Lunatic asylums in Bengal annual reports 1888-1898 - 1888-1898
Year: 1888
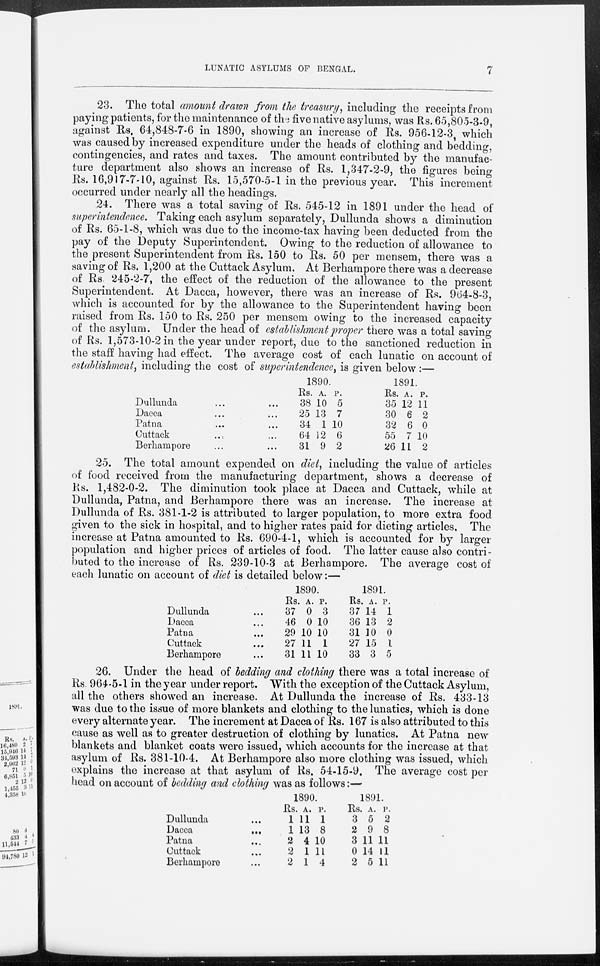
LUNATIC ASYLUMS OF BENGAL.
7
23. The total amount drawn from the treasury, including the receipts from
paying patients, for the maintenance of the five native asylums, was Rs. 65,805-3-9,
against Rs. 64,848-7-6 in 1890, showing an increase of Rs. 956-12-3, which
was caused by increased expenditure under the heads of clothing and bedding,
contingencies, and rates and taxes. The amount contributed by the manufac-
ture department also shows an increase of Rs. 1,347-2-9, the figures being
Rs. 16,917-7-10, against Rs. 15,570-5-1 in the previous year. This increment
occurred under nearly all the headings.
24. There was a total saving of Rs. 545-12 in 1891 under the head of
superintendence. Taking each asylum separately, Dullunda shows a diminution
of Rs. 65-1-8, which was due to the income-tax having been deducted from the
pay of the Deputy Superintendent. Owing to the reduction of allowance to
the present Superintendent from Rs. 150 to Rs. 50 per mensem, there was a
saving of Rs. 1,200 at the Cuttack Asylum. At Berhampore there was a decrease
of Rs. 245-2-7, the effect of the reduction of the allowance to the present
Superintendent. At Dacca, however, there was an increase of Rs. 964-8-3,
which is accounted for by the allowance to the Superintendent having been
raised from Rs. 150 to Rs. 250 per mensem owing to the increased capacity
of the asylum. Under the head of establishment proper there was a total saving
of Rs. 1,573-10-2 in the year under report, due to the sanctioned reduction in
the staff having had effect. The average cost of each lunatic on account of
establishment, including the cost of superintendence, is given below:—
Dullunda ... ...
Dacca ... ...
Patna ... ...
Cuttack ... ...
Berhampore ... ...
1890.
Rs.
38
25
34
64
31
A.
10
13
1
12
9
P.
5
7
10
6
2
1891.
Rs.
35
30
32
55
26
A.
12
6
6
7
11
P.
11
2
0
10
2
25. The total amount expended on diet, including the value of articles
of food received from the manufacturing department, shows a decrease of
Rs. 1,482-0-2. The diminution took place at Dacca and Cuttack, while at
Dullunda, Patna, and Berhampore there was an increase. The increase at
Dullunda of Rs. 381-1-2 is attributed to larger population, to more extra food
given to the sick in hospital, and to higher rates paid for dieting articles. The
increase at Patna amounted to Rs. 690-4-1, which is accounted for by larger
population and higher prices of articles of food. The latter cause also contri-
buted to the increase of Rs. 239-10-3 at Berhampore. The average cost of
each lunatic on account of diet is detailed below:—
Dullunda ...
Dacca ...
Patna ...
Cuttack ...
Berhampore ...
1890.
Rs.
37
46
29
27
31
A.
0
0
10
11
11
P.
3
10
10
1
10
1891.
Rs.
37
36
31
27
33
A.
14
13
10
15
3
P.
1
2
0
1
5
26. Under the head of bedding and clothing there was a total increase of
Rs. 964-5-1 in the year under report. With the exception of the Cuttack Asylum,
all the others showed an increase. At Dullunda the increase of Rs. 433-13
was due to the issue of more blankets and clothing to the lunatics, which is done
every alternate year. The increment at Dacca of Rs. 167 is also attributed to this
cause as well as to greater destruction of clothing by lunatics. At Patna new
blankets and blanket coats were issued, which accounts for the increase at that
asylum of Rs. 381-10-4. At Berhampore also more clothing was issued, which
explains the increase at that asylum of Rs. 54-15-9. The average cost per
head on account of bedding and clothing was as follows:—
Dullunda ...
Dacca
...
Patna ...
Cuttack ...
Berhampore ...
1890.
Rs.
1
1
2
2
2
A.
11
13
4
1
1
P.
1
8
10
11
4
1891.
Rs.
3
2
3
0
2
A.
5
9
11
14
5
P.
2
8
11
11
11